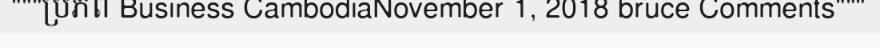
"""ប្រភព Business CambodiaNovember 1, 2018 bruce Comments"""